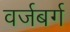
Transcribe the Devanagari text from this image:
वर्जबर्ग